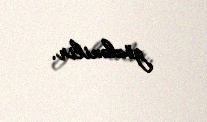
gözlənilir.